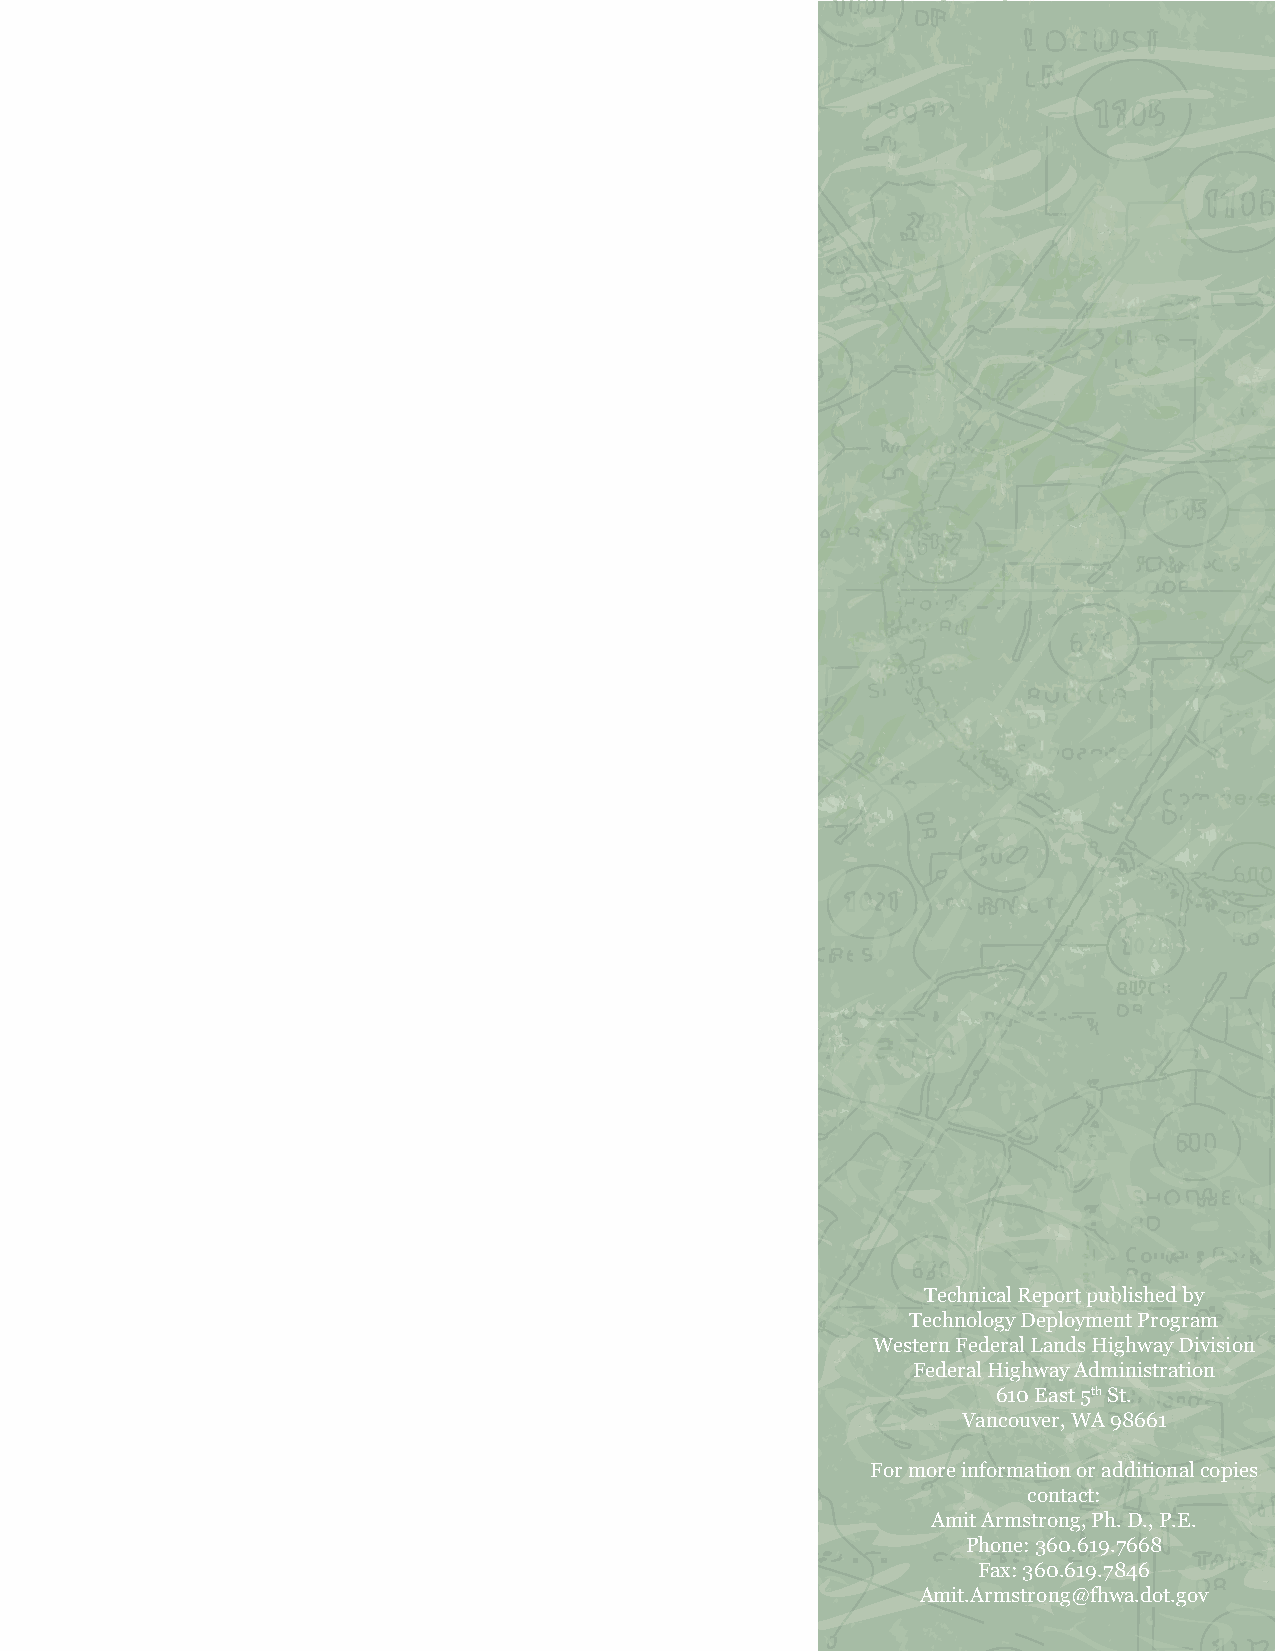
Technical Report published by
 Technology Deployment Program
 Western Federal Lands Highway Division
 Federal Highway Administration
 610 East 5th St.
 Vancouver, WA 98661
 For more information or additional copies
 contact:
 Amit Armstrong, Ph. D., P.E.
 Phone: 360.619.7668
 Fax: 360.619.7846
 Amit.Armstrong@fhwa.dot.gov